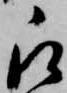
被